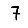
Digit: 7